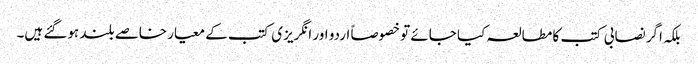
بلکہ اگر نصابی کتب کا مطالعہ کیا جائے تو خصوصاً اردو اور انگریزی کتب کے معیار خاصے بلند ہوگئے ہیں۔